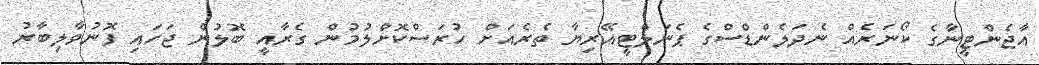
އާޖެންޓީނާގެ ކޯނަރެއް ނެދަލެންޑްސްގެ ޕެނަލްޓީއޭރިޔާ ތެރެއަށް ހުރަސްކޮށްލުމުން ގެރާއީ ބޮލުން ޖަހައި ފޮނުވާލިބާރު